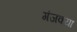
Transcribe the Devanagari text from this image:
गंजक्या